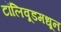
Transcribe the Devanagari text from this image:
टॉलिवूडमधून